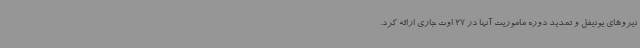
نیروهای یونیفل و تمدید دوره ماموریت آنها در 27 اوت جاری ارائه کرد.